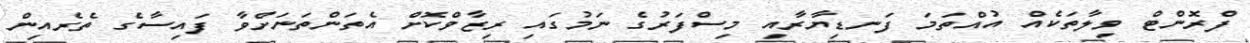
ފްރޮންޓް ވިލާތަކެއް އުއްތަމަ ފަނޑިޔާރާއި މިސްފަރުގެ ނަމުގައި ރިޒާވްކޮށް އެތަންތަނަށްވާ ފައިސާގެ ތެރެއިން